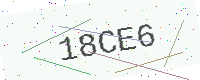
Text: 18CE6